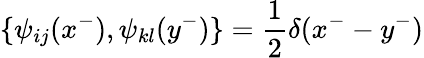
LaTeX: \{ \psi_{ij}(x^{-}),\psi_{kl}(y^{-})\} =\frac{1}{2}\delta(x^{-}-y^{-})